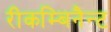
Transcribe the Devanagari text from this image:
रीकम्बिनैन्ट